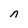
Character: n